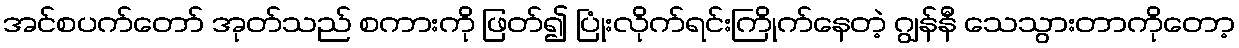
အင်စပက်တော် အုတ်သည် စကားကို ဖြတ်၍ ပြုံးလိုက်ရင်းကြိုက်နေတဲ့ ဂျွန်နီ သေသွားတာကိုတော့